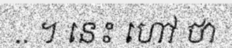
.. ។ នេះ ហៅ ថា